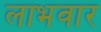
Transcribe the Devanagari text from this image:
लाभवार